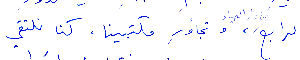
الرابع من دار الصياد، وتجاوز مكتبينا، كنا نلتقي